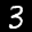
Label: 3